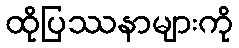
ထိုပြဿနာများကို